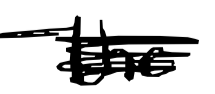
Text: the
Cross-out: scratch
Writing tool: digital_black